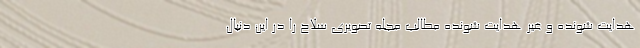
هدایت شونده و غیر هدایت شونده مطالب مجله تصویری سلاح را در این دنبال